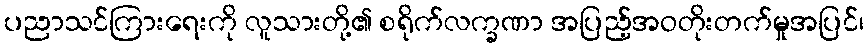
ပညာသင်ကြားရေးကို လူသားတို့၏ စရိုက်လက္ခဏာ အပြည့်အဝတိုးတက်မှုအပြင်၊